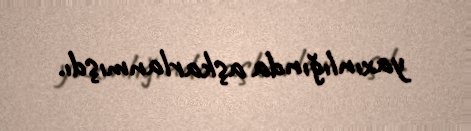
yaxınlığında aşkarlanmışdı.